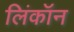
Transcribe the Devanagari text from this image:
लिंकॉन